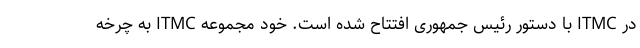
در ITMC با دستور رئیس جمهوری افتتاح شده است. خود مجموعه ITMC به چرخه